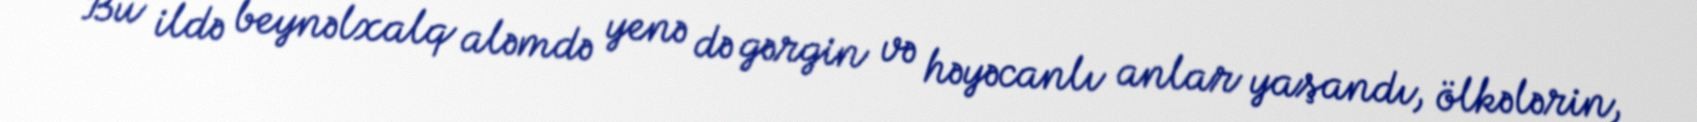
Bu ildə beynəlxalq aləmdə yenə də gərgin və həyəcanlı anlar yaşandı, ölkələrin,